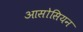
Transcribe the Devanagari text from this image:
आसोसियन